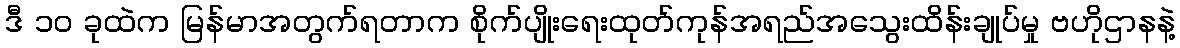
ဒီ ၁၀ ခုထဲက မြန်မာအတွက်ရတာက စိုက်ပျိုးရေးထုတ်ကုန်အရည်အသွေးထိန်းချုပ်မှု ဗဟိုဌာနနဲ့